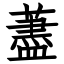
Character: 藎